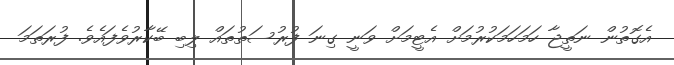
އެގޮތުން ނަތީޖާ ހަމަހަމަކުރުމަށް އެޓީމަށް ވަނީ ގިނަ ފުރުސަތުތައް ލިބި ބޭކާރުވެފައެވެ. ފުރަތަމަ